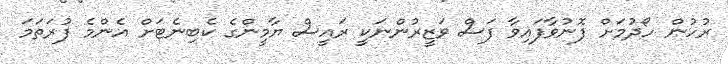
ރުހުން ހޯދުމަށް ފޮނުވާފައިވާ ފަސް ވަޒީރުންނަކީ ރައީސް ޔާމީންގެ ކެބިނެޓަށް އެންމެ ފުރަތަމަ